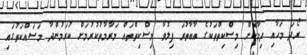
ރޯދަ މަހާއި ދިމާކޮށް މިސްކިތްތަކުގެ އާބާތުރަ ފިލުވާ މިސްކިތްތައް މަރާމާތުކުރުމަށް ކުރަމުންދާ މަސައްކަތުގައި